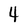
Character: 4